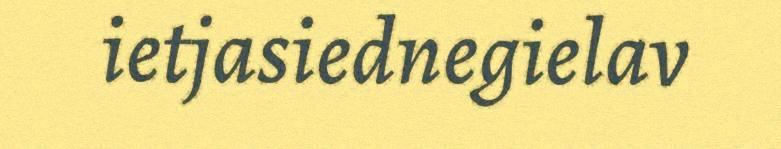
ietjasiednegielav